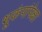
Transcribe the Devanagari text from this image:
भूकंपांपेक्षा